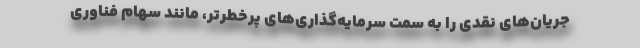
جریان‌های نقدی را به سمت سرمایه‌گذاری‌های پرخطرتر، مانند سهام فناوری